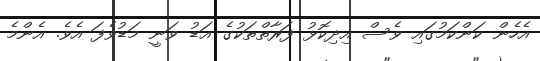
އެހެން ކަންކަމުގައި ވެސް އިދިކޮޅު ފަރާތްތަކުގެ އަޑު ވަނީ މަޑުވެފަ އެވެ. އެންމެ